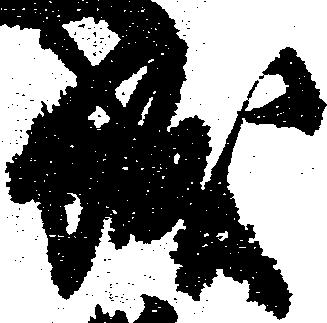
城